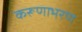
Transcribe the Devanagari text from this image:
करूणाभरण